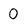
Character: 0